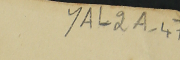
YAL2A-47